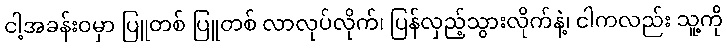
ငါ့အခန်းဝမှာ ပြူတစ် ပြူတစ် လာလုပ်လိုက်၊ ပြန်လှည့်သွားလိုက်နဲ့၊ ငါကလည်း သူ့ကို